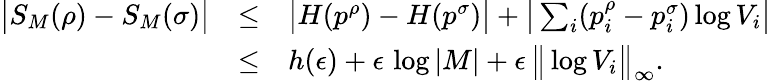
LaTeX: \begin{array}{rcl}{\big|S_{M}(\rho)-S_{M}(\sigma)\big|}&{\leq}&{\big|H(p^{\rho})-H(p^{\sigma})\big|+\big|\textstyle\sum_{i}(p_{i}^{\rho}-p_{i}^{\sigma})\log V_{i}\big|}\\ &{\leq}&{h(\epsilon)+\epsilon\, \log|M|+\epsilon\, \big\| \log V_{i}\big\| _{\infty}.}\end{array}